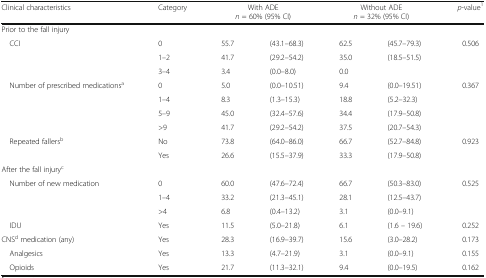
<table><thead><tr><td><b>Clinical characteristics</b></td><td><b>Category</b></td><td colspan="2"><b>With ADE<i>n</i> = 60% (95% CI)</b></td><td colspan="2"><b>Without ADE<i>n</i> = 32% (95% CI)</b></td><td><b><i>p</i>-value<sup>1</sup></b></td></tr></thead><tbody><tr><td colspan="6">Prior to the fall injury</td><td></td></tr><tr><td rowspan="3"> CCI</td><td>0</td><td>55.7</td><td>(43.1–68.3)</td><td>62.5</td><td>(45.7–79.3)</td><td>0.506</td></tr><tr><td>1–2</td><td>41.7</td><td>(29.2–54.2)</td><td>35.0</td><td>(18.5–51.5)</td><td></td></tr><tr><td>3–4</td><td>3.4</td><td>(0.0–8.0)</td><td>0.0</td><td></td><td></td></tr><tr><td rowspan="4"> Number of prescribed medications<sup>a</sup></td><td>0</td><td>5.0</td><td>(0.0–10.51)</td><td>9.4</td><td>(0.0–19.51)</td><td>0.367</td></tr><tr><td>1–4</td><td>8.3</td><td>(1.3–15.3)</td><td>18.8</td><td>(5.2–32.3)</td><td></td></tr><tr><td>5–9</td><td>45.0</td><td>(32.4–57.6)</td><td>34.4</td><td>(17.9–50.8)</td><td></td></tr><tr><td>&gt;9</td><td>41.7</td><td>(29.2–54.2)</td><td>37.5</td><td>(20.7–54.3)</td><td></td></tr><tr><td rowspan="2"> Repeated fallers<sup>b</sup></td><td>No</td><td>73.8</td><td>(64.0–86.0)</td><td>66.7</td><td>(52.7–84.8)</td><td>0.923</td></tr><tr><td>Yes</td><td>26.6</td><td>(15.5–37.9)</td><td>33.3</td><td>(17.9–50.8)</td><td></td></tr><tr><td colspan="6">After the fall injury<sup>c</sup></td><td></td></tr><tr><td rowspan="3"> Number of new medication</td><td>0</td><td>60.0</td><td>(47.6–72.4)</td><td>66.7</td><td>(50.3–83.0)</td><td>0.525</td></tr><tr><td>1–4</td><td>33.2</td><td>(21.3–45.1)</td><td>28.1</td><td>(12.5–43.7)</td><td></td></tr><tr><td>&gt;4</td><td>6.8</td><td>(0.4–13.2)</td><td>3.1</td><td>(0.0–9.1)</td><td></td></tr><tr><td> IDU</td><td>Yes</td><td>11.5</td><td>(5.0–21.8)</td><td>6.1</td><td>(1.6 – 19.6)</td><td>0.252</td></tr><tr><td>CNS<sup>d</sup> medication (any)</td><td>Yes</td><td>28.3</td><td>(16.9–39.7)</td><td>15.6</td><td>(3.0–28.2)</td><td>0.173</td></tr><tr><td> Analgesics</td><td>Yes</td><td>13.3</td><td>(4.7–21.9)</td><td>3.1</td><td>(0.0–9.1)</td><td>0.155</td></tr><tr><td> Opioids</td><td>Yes</td><td>21.7</td><td>(11.3–32.1)</td><td>9.4</td><td>(0.0–19.5)</td><td>0.162</td></tr></tbody></table>